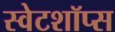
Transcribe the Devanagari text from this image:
स्वेटशॉप्स